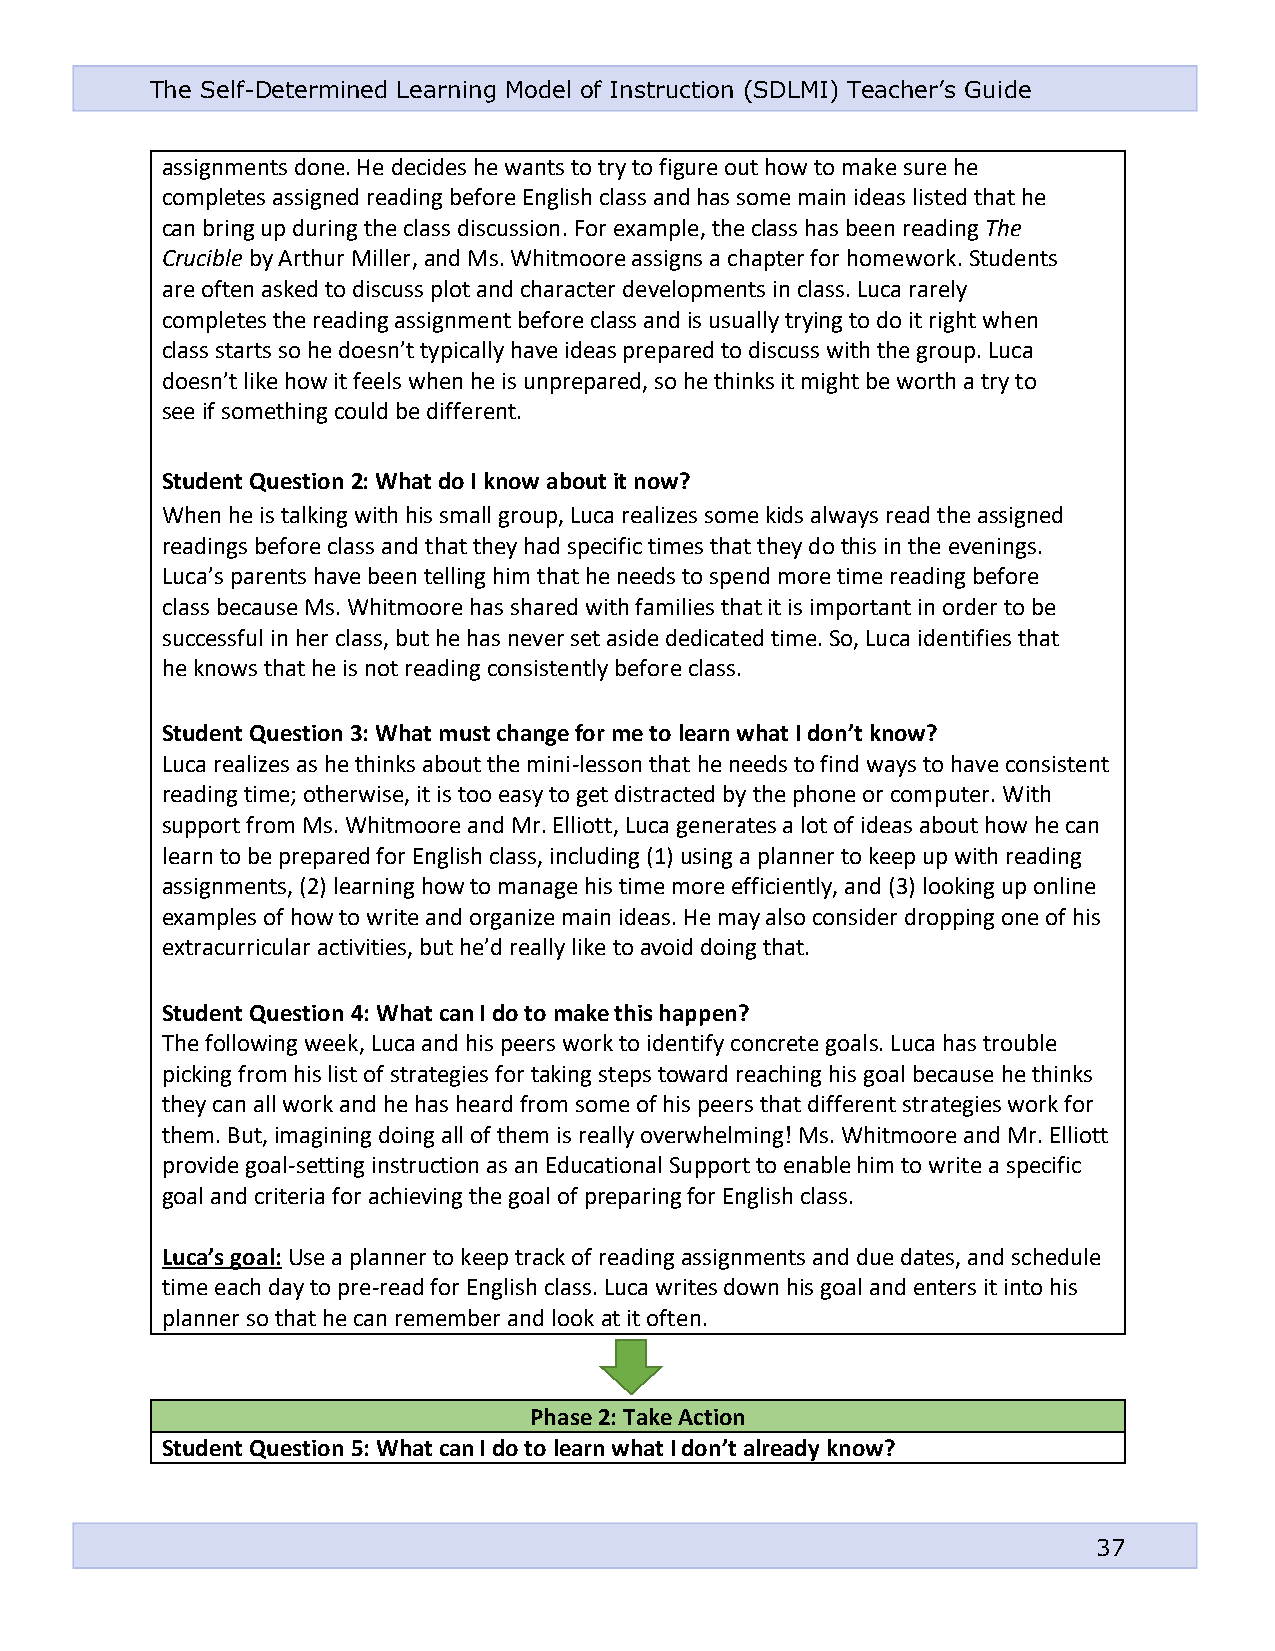
The Self-Determined Learning Model of Instruction (SDLMI) Teacher’s Guide
 assignments done. He decides he wants to try to figure out how to make sure he
 completes assigned reading before English class and has some main ideas listed that he
 can bring up during the class discussion. For example, the class has been reading The
 Crucible by Arthur Miller, and Ms. Whitmoore assigns a chapter for homework. Students
 are often asked to discuss plot and character developments in class. Luca rarely
 completes the reading assignment before class and is usually trying to do it right when
 class starts so he doesn’t typically have ideas prepared to discuss with the group. Luca
 doesn’t like how it feels when he is unprepared, so he thinks it might be worth a try to
 see if something could be different.
 Student Question 2: What do I know about it now?
 When he is talking with his small group, Luca realizes some kids always read the assigned
 readings before class and that they had specific times that they do this in the evenings.
 Luca’s parents have been telling him that he needs to spend more time reading before
 class because Ms. Whitmoore has shared with families that it is important in order to be
 successful in her class, but he has never set aside dedicated time. So, Luca identifies that
 he knows that he is not reading consistently before class.
 Student Question 3: What must change for me to learn what I don’t know?
 Luca realizes as he thinks about the mini-lesson that he needs to find ways to have consistent
 reading time; otherwise, it is too easy to get distracted by the phone or computer. With
 support from Ms. Whitmoore and Mr. Elliott, Luca generates a lot of ideas about how he can
 learn to be prepared for English class, including (1) using a planner to keep up with reading
 assignments, (2) learning how to manage his time more efficiently, and (3) looking up online
 examples of how to write and organize main ideas. He may also consider dropping one of his
 extracurricular activities, but he’d really like to avoid doing that.
 Student Question 4: What can I do to make this happen?
 The following week, Luca and his peers work to identify concrete goals. Luca has trouble
 picking from his list of strategies for taking steps toward reaching his goal because he thinks
 they can all work and he has heard from some of his peers that different strategies work for
 them. But, imagining doing all of them is really overwhelming! Ms. Whitmoore and Mr. Elliott
 provide goal-setting instruction as an Educational Support to enable him to write a specific
 goal and criteria for achieving the goal of preparing for English class.
 Luca’s goal: Use a planner to keep track of reading assignments and due dates, and schedule
 time each day to pre-read for English class. Luca writes down his goal and enters it into his
 planner so that he can remember and look at it often.
 Phase 2: Take Action
 Student Question 5: What can I do to learn what I don’t already know?
 37